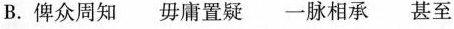
B. 俾众周知 毋庸置疑 一脉相承 甚至